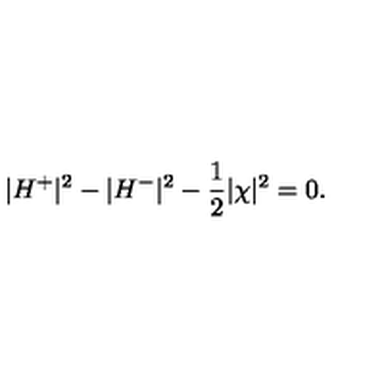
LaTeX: | H ^ { + } | ^ { 2 } - | H ^ { - } | ^ { 2 } - \frac { 1 } { 2 } | \chi | ^ { 2 } = 0 .